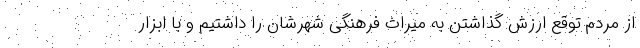
از مردم توقع ارزش گذاشتن به میراث فرهنگی شهرشان را داشتیم و با ابزار